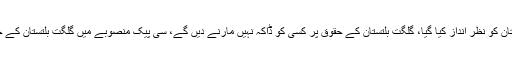
سی پیک میں گلگت بلتستان کو نظر انداز کیا گیا، گلگت بلتستان کے حقوق پر کسی کو ڈاکہ نہیں مارنے دیں گے، سی پیک منصوبے میں گلگت بلتستان کے حقوق کا تحفظ کریں گے۔